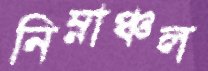
নিম্নাঞ্চল